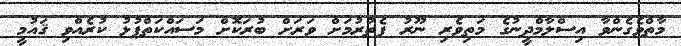
މާތްވެގެންވާ އިސްލާމްދީނުގެ މަތިވެރި ނޫރު ފެތުރުމަށް ވަރަށް ބުރަކޮށް މަސައްކަތްޕުޅު ކުރެއްވި ޤައުމީ